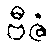
ဗီဇံ